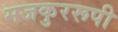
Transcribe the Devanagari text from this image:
मजकुररूपी